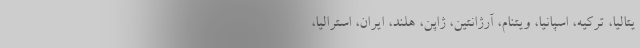
یتالیا، ترکیه، اسپانیا، ویتنام، آرژانتین، ژاپن، هلند، ایران، استرالیا،